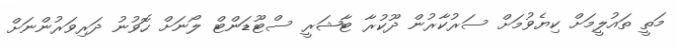
މަތީ ތައުލީމަށް ކިޔެވުމަށް ސަރުކާރުން ދޫކުރާ ޓާޝަރީ ސްޓޫޑަންޓް ލޯނަށް ހޮވުނު ދަރިވަރުންނަށް